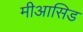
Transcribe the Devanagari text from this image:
मीआसिड